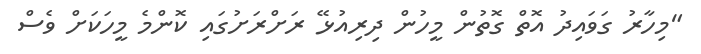
"މިހާރު ގަވައިދު އޮތް ގޮތުން މީހުން ދިރިއުޅޭ ރަށްރަށުގައި ކޮންމެ މީހަކަށް ވެސް